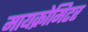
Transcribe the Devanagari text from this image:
मायक्रोमिटर